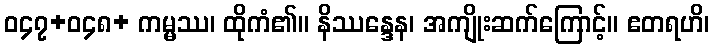
ဝ၄၇+ဝ၄၈+ ကမ္မဿ၊ ထိုကံ၏။ နိဿန္ဒေန၊ အကျိုးဆက်ကြောင့်။ ဧတရဟိ၊